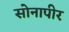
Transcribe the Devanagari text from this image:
सोनापीर